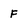
Character: f